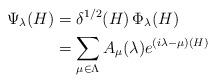
LaTeX: \begin{align*}\Psi_\lambda(H)&=\delta^{1/2}(H)\,\Phi_\lambda(H)\\&=\sum_{\mu\in\Lambda} A_\mu(\lambda) e^{(i\lambda-\mu)(H)}\end{align*}